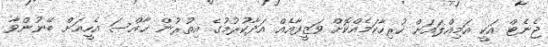
ޖެނެޓް އަކީ އަމިއްލައަށް ހުރިހާކަމެއްކޮށް ވަޒީފާއެއް އަދާކުރުމުގެ އިތުރުން ޚާއްސަ އެހީއަށް ބޭނުންވާ